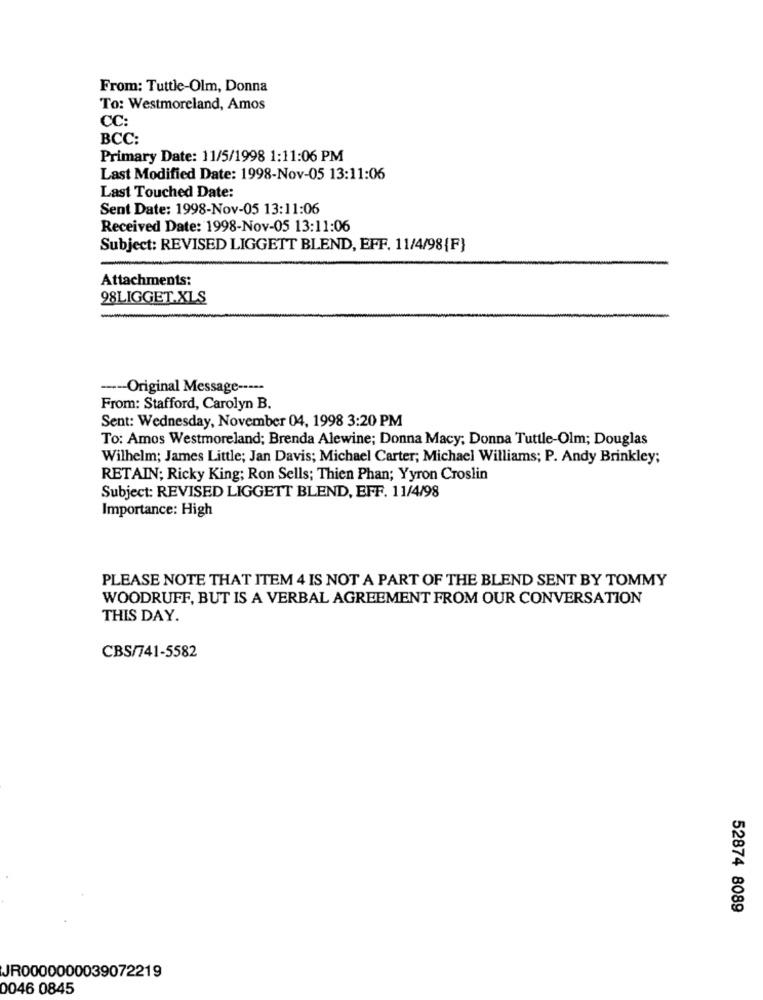
From: Tuttle-Olm, Donna
To: Westmoreland, Amos
CC:
BCC:
Primary Date: 11/5/1998 1:11:06 PM
Last Modified Date: 1998-Nov-05 13:11:06
Last Touched Date:
Sent Date: 1998-Nov-05 13:11:06
Received Date: 1998-Nov-05 13:11:06
Subject: REVISED LIGGETT BLEND, EFF. 11/4/98{F}
Attachments:
98LIGGET.XLS
---- Original Message -----
From: Stafford, Carolyn B.
Sent: Wednesday, November 04, 1998 3:20 PM
To: Amos Westmoreland; Brenda Alewine; Donna Macy; Donna Tuttle-Olm; Douglas
Wilhelm; James Little; Jan Davis; Michael Carter; Michael Williams; P. Andy Brinkley;
RETAIN; Ricky King; Ron Sells; Thien Phan; Yyron Croslin
Subject: REVISED LIGGETT BLEND, EFF. 11/4/98
Importance: High
PLEASE NOTE THAT ITEM 4 IS NOT A PART OF THE BLEND SENT BY TOMMY
WOODRUFF, BUT IS A VERBAL AGREEMENT FROM OUR CONVERSATION
THIS DAY.
CBS/741-5582
52874 8089
JR0000000039072219
0046 0845